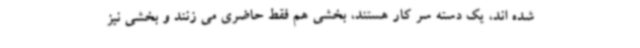
شده اند، یک دسته سر کار هستند، بخشی هم فقط حاضری می زنند و بخشی نیز